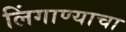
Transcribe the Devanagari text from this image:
लिंगाण्याचा